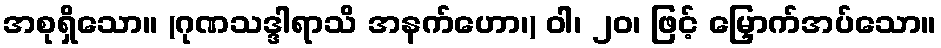
အစုရှိသော။ (ဂုဏသဒ္ဒါရာသိ အနက်ဟော၊) ဝါ၊ ၂၀၊ ဖြင့် မြှောက်အပ်သော။